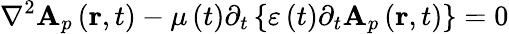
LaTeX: \nabla^{2}\mathbf{A}_{p}\left(\mathbf{{r}},t\right)-\mu\left(t\right)\partial_{t}\left\{ \varepsilon\left(t\right)\partial_{t}\mathbf{A}_{p}\left(\mathbf{{r}},t\right)\right\} =0